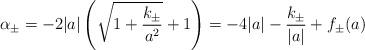
LaTeX: \begin{align*} \alpha_{\pm} = -2 |a| \left( \sqrt{1 + \frac{k_{\pm}}{ a^2} }+ 1\right) = -4 |a| - \frac{k_{\pm}}{|a|} + f_{\pm}(a)\end{align*}